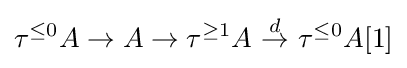
\tau ^{\leq 0}A\to A\to \tau ^{\geq 1}A\ {\stackrel {d}{\to }}\ \tau ^{\leq 0}A[1]